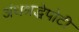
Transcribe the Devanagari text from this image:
अंधश्रद्धेपोटी